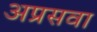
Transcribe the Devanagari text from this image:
अप्रसवा